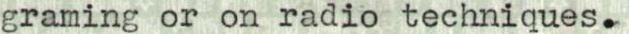
graming or on radio techniques.